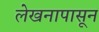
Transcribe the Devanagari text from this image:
लेखनापासून